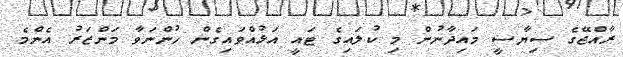
ރާއްޖޭގެ ސިޔާސީ މައިދާނުން މި ކުލައިގެ ޓައީ އަޅުއްވައިގެން ހުންނަވާ މަންޒަރު އެންމެ